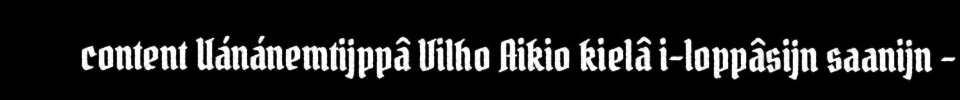
content Uánánemtijppâ Vilho Aikio kielâ i-loppâsijn saanijn –